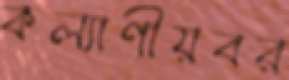
কল্যাণীয়বর